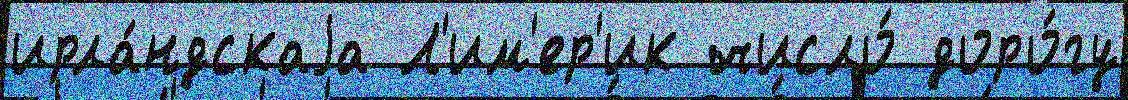
ирла́ндскаjа Л'им'ер'ик число́ доро́гу